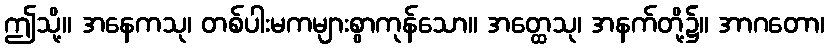
ဤသို့။ အနေကသု၊ တစ်ပါးမကများစွာကုန်သော။ အတ္ထေသု၊ အနက်တို့၌။ အာဂတော၊